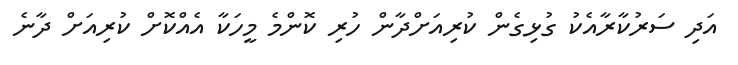
އަދި ސަރުކާރާއެކު ގުޅިގެން ކުރިއަށްދާން ހުރި ކޮންމެ މީހަކާ އެއްކޮށް ކުރިއަށް ދާނެ